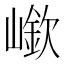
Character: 𡼲